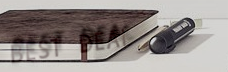
BEST DEAL